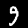
Label: 9